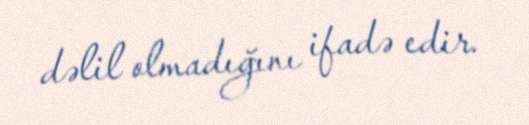
dəlil olmadığını ifadə edir.